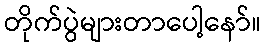
တိုက်ပွဲများတာပေါ့နော်။